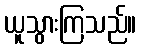
ယူသွားကြသည်။